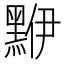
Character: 𪑁